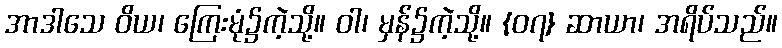
အာဒါသေ ဝိယ၊ ကြေးမုံ၌ကဲ့သို့။ ဝါ၊ မှန်၌ကဲ့သို့။ {၀၇} ဆာယာ၊ အရိပ်သည်။